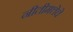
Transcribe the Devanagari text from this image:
नीतीमत्तेचे